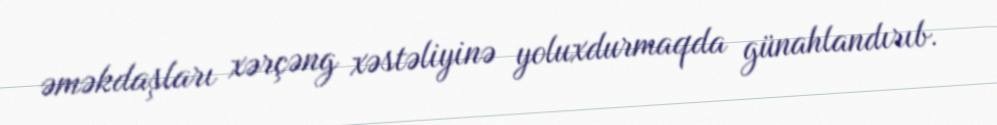
əməkdaşları xərçəng xəstəliyinə yoluxdurmaqda günahlandırıb.